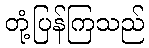
တုံ့ပြန်ကြသည်